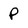
Character: P